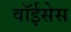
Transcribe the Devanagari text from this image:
वॉईसेस